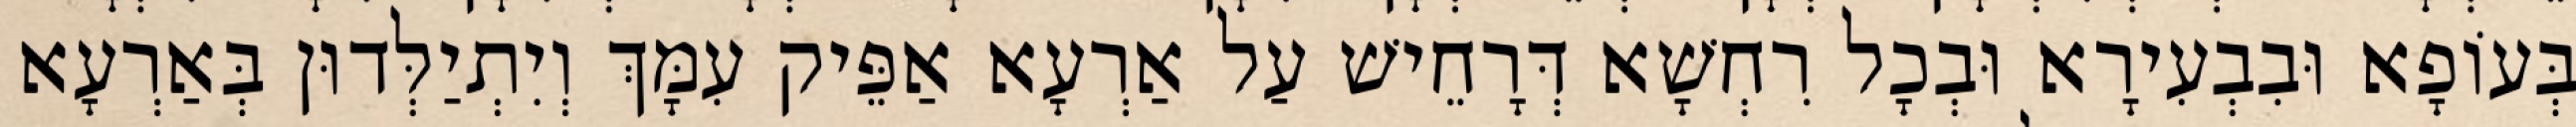
בְּעוֹפָא וּבִבְעִירָא וּבְכָל רִחְשָׁא דְּרָחֵישׁ עַל אַרְעָא אַפֵּיק עִמָּךְ וְיִתְיַלְּדוּן בְּאַרְעָא